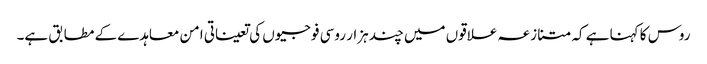
روس کا کہنا ہے کہ متنازعہ علاقوں میں چند ہزار روسی فوجیوں کی تعیناتی امن معاہدے کے مطابق ہے۔